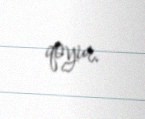
qoyur.